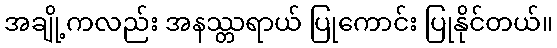
အချို့ကလည်း အနဿ္တရာယ် ပြုကောင်း ပြုနိုင်တယ်။